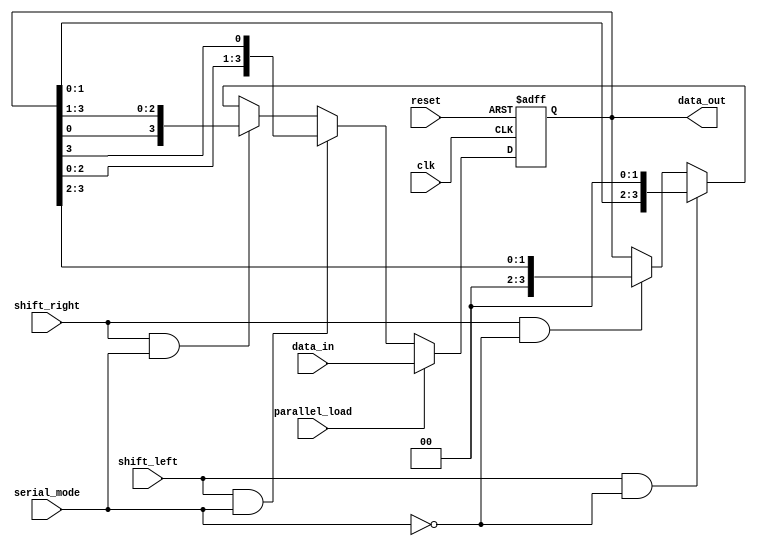
module Universal_Shift_Register (
    input wire clk,
    input wire reset,
    input wire shift_left,
    input wire shift_right,
    input wire parallel_load,
    input wire serial_mode,
    input wire [3:0] data_in,
    output reg [3:0] data_out
);

reg [3:0] shift_register;

always @(posedge clk or posedge reset) begin
    if (reset) begin
        shift_register <= 4'b0;
    end else if (parallel_load) begin
        shift_register <= data_in;
    end else if (shift_left && serial_mode) begin
        shift_register <= {shift_register[2:0], shift_register[3]};
    end else if (shift_right && serial_mode) begin
        shift_register <= {shift_register[0], shift_register[3:1]};
    end else if (shift_left && !serial_mode) begin
        shift_register <= {shift_register[1:0], 2'b00};
    end else if (shift_right && !serial_mode) begin
        shift_register <= {2'b00, shift_register[3:2]};
    end
end

assign data_out = shift_register;

endmodule